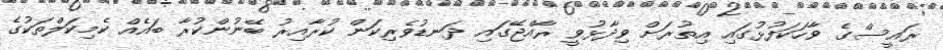
ރައީސްގެ ވާހަކަފުޅުގައި އިތުރަށް ވިދާޅުވީ ރާއްޖޭގައި ދަނޑުވެރިކަން ކުރާއިރު ބޭނުންކުރާ ބައެއް ކެމިކަލްތަކުގެ